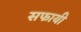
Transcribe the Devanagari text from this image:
सफायी